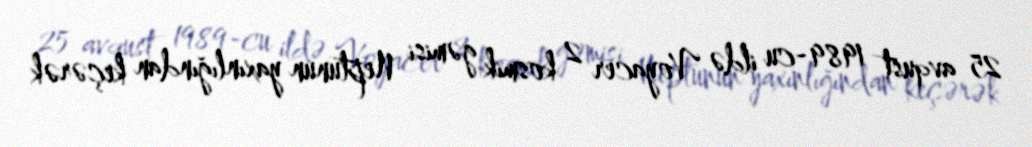
25 avqust 1989-cu ildə Voyacer 2 kosmik gəmisi Neptunun yaxınlığından keçərək